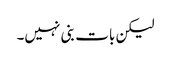
لیکن بات بنی نہیں۔